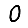
Digit: 0